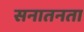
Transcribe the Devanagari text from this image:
सनातनता